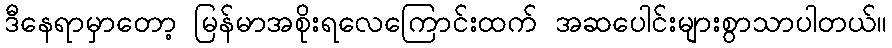
ဒီနေရာမှာတော့ မြန်မာအစိုးရလေကြောင်းထက် အဆပေါင်းများစွာသာပါတယ်။